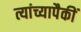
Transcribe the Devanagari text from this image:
त्यांच्यापैकीं